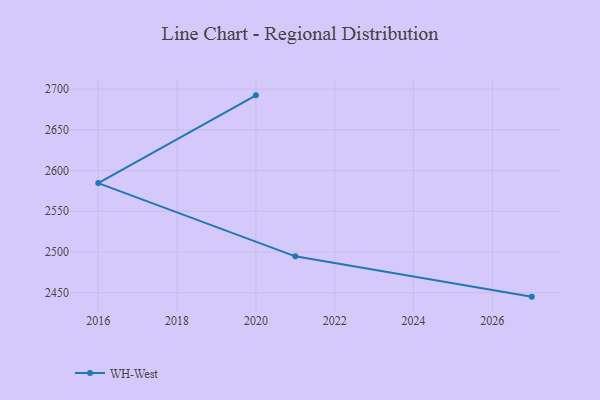
{"axis": {"x": "Year", "y": "Latency (ms)"}, "legend": ["WH-West"], "data": [{"x": "2027", "y": 2445.2, "type": "WH-West"}, {"x": "2021", "y": 2494.7, "type": "WH-West"}, {"x": "2016", "y": 2584.6, "type": "WH-West"}, {"x": "2020", "y": 2692.3, "type": "WH-West"}]}